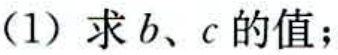
(1) 求\(b、c\)的值；